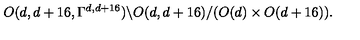
O ( d , d + 1 6 , \Gamma ^ { d , d + 1 6 } ) \backslash O ( d , d + 1 6 ) / ( O ( d ) \times O ( d + 1 6 ) ) .